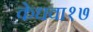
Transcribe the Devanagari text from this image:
केधवा१७